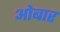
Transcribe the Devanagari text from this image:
ओबार